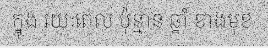
ក្នុង រយៈពេល ប៉ុន្មាន ឆ្នាំ ខាងមុខ